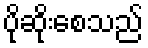
ပိုဆိုးစေသည်